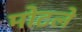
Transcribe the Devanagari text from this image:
मोटले